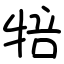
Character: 犃